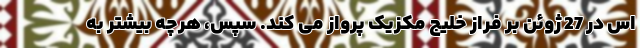
اس در 27 ژوئن بر فراز خلیج مکزیک پرواز می کند. سپس، هرچه بیشتر به